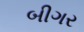
બીગર